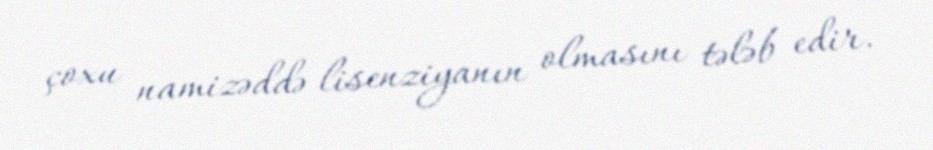
çoxu namizəddə lisenziyanın olmasını tələb edir.